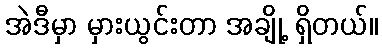
အဲဒီမှာ မှားယွင်းတာ အချို့ ရှိတယ်။